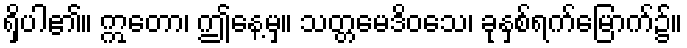
ရှိပါ၏။ ဣတော၊ ဤနေ့မှ။ သတ္တမေဒိဝသေ၊ ခုနှစ်ရက်မြောက်၌။